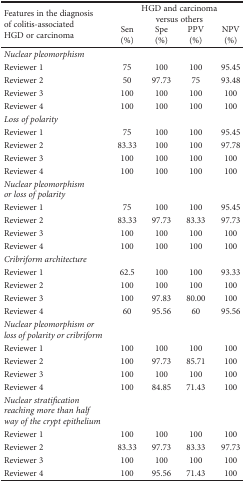
<table><thead><tr><td rowspan="2"><b>Features in the diagnosis of colitis-associated HGD or carcinoma</b></td><td colspan="4"><b>HGD and carcinoma versus others</b></td></tr><tr><td><b>Sen (%)</b></td><td><b>Spe (%)</b></td><td><b>PPV (%)</b></td><td><b>NPV (%)</b></td></tr></thead><tbody><tr><td><i>Nuclear pleomorphism</i></td><td></td><td></td><td></td><td></td></tr><tr><td>Reviewer 1</td><td>75</td><td>100</td><td>100</td><td>95.45</td></tr><tr><td>Reviewer 2</td><td>50</td><td>97.73</td><td>75</td><td>93.48</td></tr><tr><td>Reviewer 3</td><td>100</td><td>100</td><td>100</td><td>100</td></tr><tr><td>Reviewer 4</td><td>100</td><td>100</td><td>100</td><td>100</td></tr><tr><td><i>Loss of polarity</i></td><td></td><td></td><td></td><td></td></tr><tr><td>Reviewer 1</td><td>75</td><td>100</td><td>100</td><td>95.45</td></tr><tr><td>Reviewer 2</td><td>83.33</td><td>100</td><td>100</td><td>97.78</td></tr><tr><td>Reviewer 3</td><td>100</td><td>100</td><td>100</td><td>100</td></tr><tr><td>Reviewer 4</td><td>100</td><td>100</td><td>100</td><td>100</td></tr><tr><td><i>Nuclear pleomorphism or loss of polarity</i></td><td></td><td></td><td></td><td></td></tr><tr><td>Reviewer 1</td><td>75</td><td>100</td><td>100</td><td>95.45</td></tr><tr><td>Reviewer 2</td><td>83.33</td><td>97.73</td><td>83.33</td><td>97.73</td></tr><tr><td>Reviewer 3</td><td>100</td><td>100</td><td>100</td><td>100</td></tr><tr><td>Reviewer 4</td><td>100</td><td>100</td><td>100</td><td>100</td></tr><tr><td><i>Cribriform architecture</i></td><td></td><td></td><td></td><td></td></tr><tr><td>Reviewer 1</td><td>62.5</td><td>100</td><td>100</td><td>93.33</td></tr><tr><td>Reviewer 2</td><td>100</td><td>100</td><td>100</td><td>100</td></tr><tr><td>Reviewer 3</td><td>100</td><td>97.83</td><td>80.00</td><td>100</td></tr><tr><td>Reviewer 4</td><td>60</td><td>95.56</td><td>60</td><td>95.56</td></tr><tr><td><i>Nuclear pleomorphism or loss of polarity or cribriform</i></td><td></td><td></td><td></td><td></td></tr><tr><td>Reviewer 1</td><td>100</td><td>100</td><td>100</td><td>100</td></tr><tr><td>Reviewer 2</td><td>100</td><td>97.73</td><td>85.71</td><td>100</td></tr><tr><td>Reviewer 3</td><td>100</td><td>100</td><td>100</td><td>100</td></tr><tr><td>Reviewer 4</td><td>100</td><td>84.85</td><td>71.43</td><td>100</td></tr><tr><td><i>Nuclear stratification reaching more than half way of the crypt epithelium</i></td><td></td><td></td><td></td><td></td></tr><tr><td>Reviewer 1</td><td>100</td><td>100</td><td>100</td><td>100</td></tr><tr><td>Reviewer 2</td><td>83.33</td><td>97.73</td><td>83.33</td><td>97.73</td></tr><tr><td>Reviewer 3</td><td>100</td><td>100</td><td>100</td><td>100</td></tr><tr><td>Reviewer 4</td><td>100</td><td>95.56</td><td>71.43</td><td>100</td></tr></tbody></table>